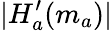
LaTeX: |H_{a}^{\prime}(m_{a})|